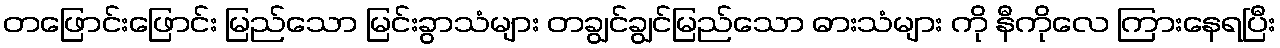
တဖြောင်းဖြောင်း မြည်သော မြင်းခွာသံများ တချွင်ချွင်မြည်သော ဓားသံများ ကို နီကိုလေ ကြားနေရပြီး